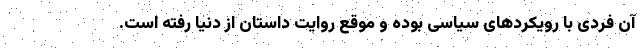
آن فردی با رویکردهای سیاسی بوده و موقع روایت داستان از دنیا رفته است.